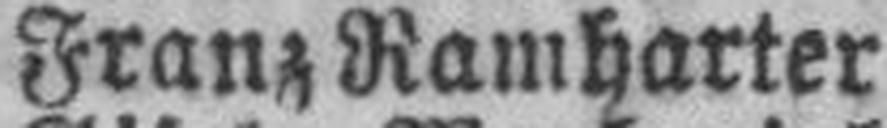
Franz Ramharter